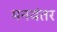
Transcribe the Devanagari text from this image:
मनवंतर